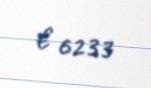
€ 6233